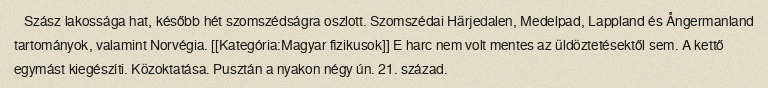
Szász lakossága hat, később hét szomszédságra oszlott. Szomszédai Härjedalen, Medelpad, Lappland és Ångermanland tartományok, valamint Norvégia. [[Kategória:Magyar fizikusok]] E harc nem volt mentes az üldöztetésektől sem. A kettő egymást kiegészíti. Közoktatása. Pusztán a nyakon négy ún. 21. század.